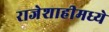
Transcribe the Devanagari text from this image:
राजेशाहीमध्ये